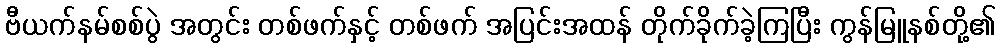
ဗီယက်နမ်စစ်ပွဲ အတွင်း တစ်ဖက်နှင့် တစ်ဖက် အပြင်းအထန် တိုက်ခိုက်ခဲ့ကြပြီး ကွန်မြူနစ်တို့၏